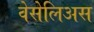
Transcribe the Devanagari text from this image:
वेसेलिअस